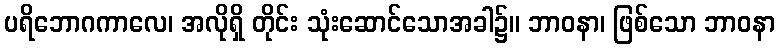
ပရိဘောဂကာလေ၊ အလိုရှိ တိုင်း သုံးဆောင်သောအခါ၌။ ဘာဝနာ၊ ဖြစ်သော ဘာဝနာ